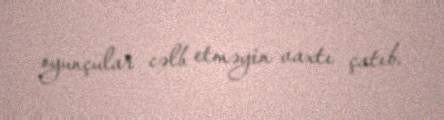
oyunçular cəlb etməyin vaxtı çatıb.